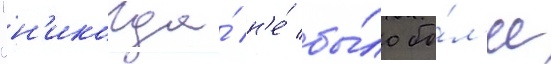
"н'икогда́ н'е́ бы́ло бо́л'ее